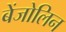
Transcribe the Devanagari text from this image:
बेंजोलिन